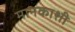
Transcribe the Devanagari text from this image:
मानकाशी